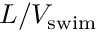
L / V _ { \mathrm { s w i m } }